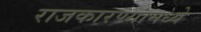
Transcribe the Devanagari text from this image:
राजकारण्यांमध्ये